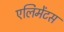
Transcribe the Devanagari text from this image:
एलिमेंटस